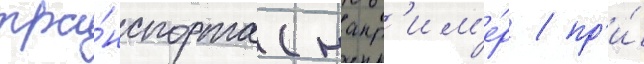
тра́нспорта (напр'им'е́р / пр'и́